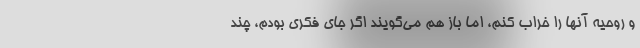
و روحیه آنها را خراب کنم، اما باز هم می‌گویند اگر جای فکری بودم، چند